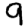
Digit: 9